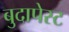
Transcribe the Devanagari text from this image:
बुदापेस्ट